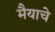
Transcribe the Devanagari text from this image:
मैयाचे